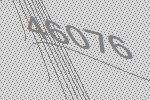
46076